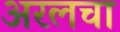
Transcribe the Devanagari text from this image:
अरलचा